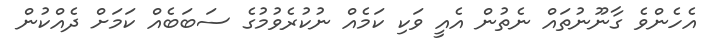
އެހެންވެ ގާނޫނުތައް ނެތުން އެއީ ވަކި ކަމެއް ނުކުރެވުމުގެ ސަބަބެއް ކަމަށް ދެއްކުން